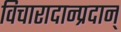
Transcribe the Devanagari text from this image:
विचारादान्प्रदान्